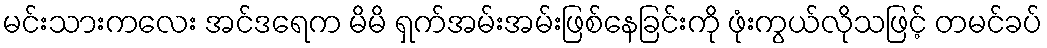
မင်းသားကလေး အင်ဒရေက မိမိ ရှက်အမ်းအမ်းဖြစ်နေခြင်းကို ဖုံးကွယ်လိုသဖြင့် တမင်ခပ်